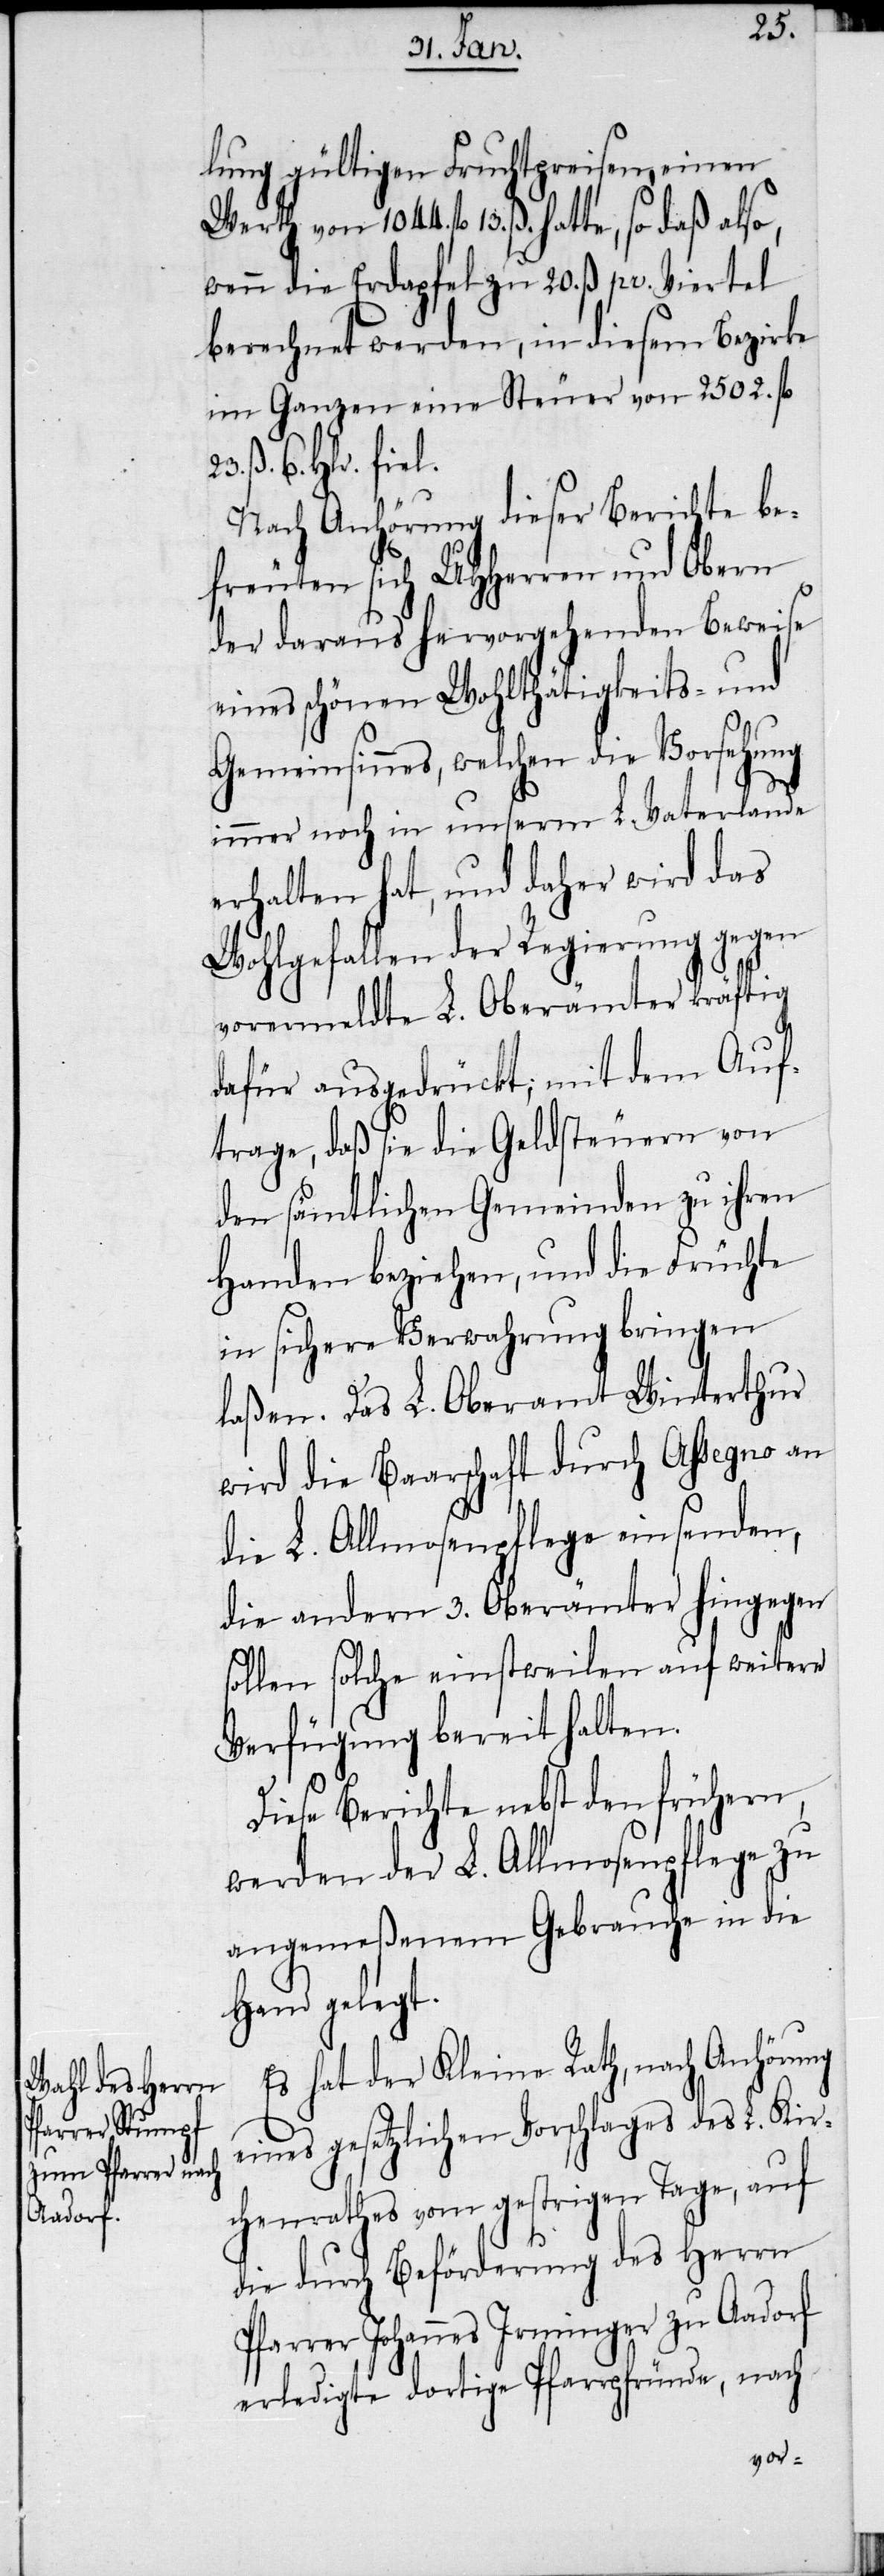
23.
lung gültigen Fruchtpreisen, einen
Werth von 1044. fl 13. ß. hatte, so daß
wenn die Erdapfel zu 20. ß pr. Viertel
berechnet werden, in diesem Bezirke
im Ganzen eine Steuer von 2502. fl
ß. 6. Hlr. fiel.
Nach Anhörung dieser Berichte be¬
freuten sich UHHerren und Obern
der daraus hervorgehenden Beweise
eines schönen Wohlthätigkeits- und
Gemeinsinnes, welchen die Vorsehung
immer noch in unserm L. Vaterlande
erhalten hat, und daher wird das
Wohlgefallen der Regierung gegen
vorermeldte L. Oberämter kräftig
dafür ausgedrückt; mit dem Auf¬
trage, daß sie die Geldsteuern von
den sämtlichen Gemeinden zu ihren
Handen beziehen, und die Früchte
in sichere Verwahrung bringen
laßen. Das L. Oberamt Winterthur
wird die Baarschaft durch Assegno an
die L. Allmosenpflege einsenden,
die andern 3. Oberämter hingegen
sollen solche einstweilen auf weitere
Verfügung bereit halten.
Diese Berichte nebst den frühern,
werden der L. Allmosenpflege zu
angemeßenem Gebrauche in die
Hand gelegt.
Es hat der Kleine Rath, nach Anhörung
eines gesetzlichen Vorschlages des L. Kir¬
chenrathes vom gestrigen Tage, auf
die durch Beförderung des Herrn
Pfarrer Johannes Irminger zu Aadorf
erledigte dortige Pfarrpfründe, nach